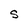
Character: S